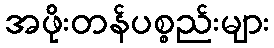
အဖိုးတန်ပစ္စည်းများ